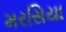
મરસિયા